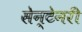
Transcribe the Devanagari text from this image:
सेन्टेनरी